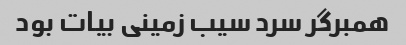
همبرگر سرد سیب زمینی بیات بود